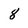
Character: 8